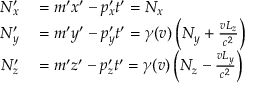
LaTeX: \begin{array} { r l } { N _ { x } ^ { \prime } } & { { } = m ^ { \prime } x ^ { \prime } - p _ { x } ^ { \prime } t ^ { \prime } = N _ { x } } \\ { N _ { y } ^ { \prime } } & { { } = m ^ { \prime } y ^ { \prime } - p _ { y } ^ { \prime } t ^ { \prime } = \gamma ( v ) \left( N _ { y } + { \frac { v L _ { z } } { c ^ { 2 } } } \right) } \\ { N _ { z } ^ { \prime } } & { { } = m ^ { \prime } z ^ { \prime } - p _ { z } ^ { \prime } t ^ { \prime } = \gamma ( v ) \left( N _ { z } - { \frac { v L _ { y } } { c ^ { 2 } } } \right) } \end{array}